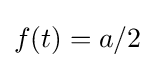
{\textstyle f(t)=a/2}